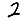
Digit: 2